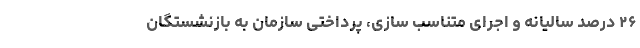
۲۶ درصد سالیانه و اجرای متناسب سازی، پرداختی سازمان به بازنشستگان